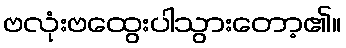
ဗလုံးဗထွေးပါသွားတော့၏။